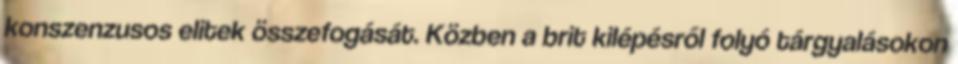
konszenzusos elitek összefogását. Közben a brit kilépésről folyó tárgyalásokon